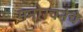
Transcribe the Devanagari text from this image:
मनोरचनेचे